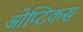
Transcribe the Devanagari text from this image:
ओप्टिकस